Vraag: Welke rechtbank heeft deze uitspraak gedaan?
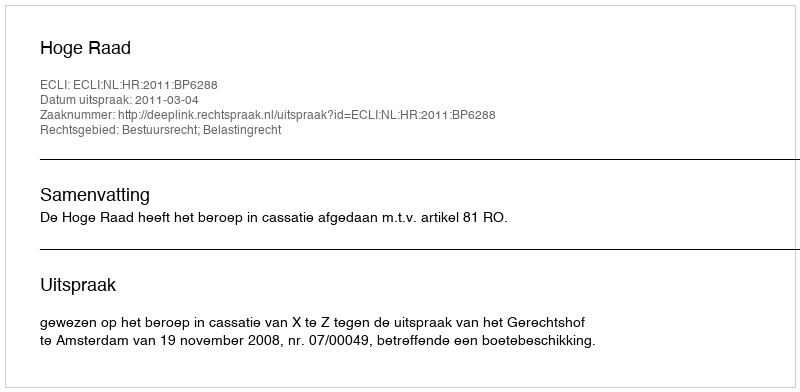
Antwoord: Hoge Raad